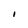
Character: I